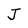
Character: J